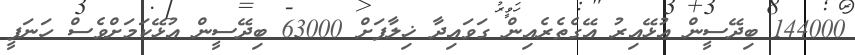
144000 ބިދޭސީން އުޅޭއިރު އޭގެތެރެއިން ގަވައިދާ ޚިލާފަށް 63000 ބިދޭސީން އުޅޭކަމަށްވެސް ހަނަފީ